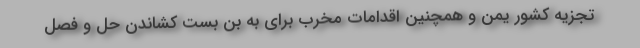
تجزیه کشور یمن و همچنین اقدامات مخرب برای به بن بست کشاندن حل و فصل